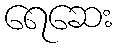
ရေဆေး